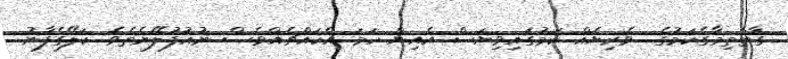
ގާތްތިމާގެކަމުގެ  ވެރިޔެއް ކަމުގައިވިޔަސް އެއިން ހަމަ އެކައްޗެއްވެސް ނުއުފުލޭނެތެވެ. ކަލޭގެފާނު